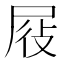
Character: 𭕞